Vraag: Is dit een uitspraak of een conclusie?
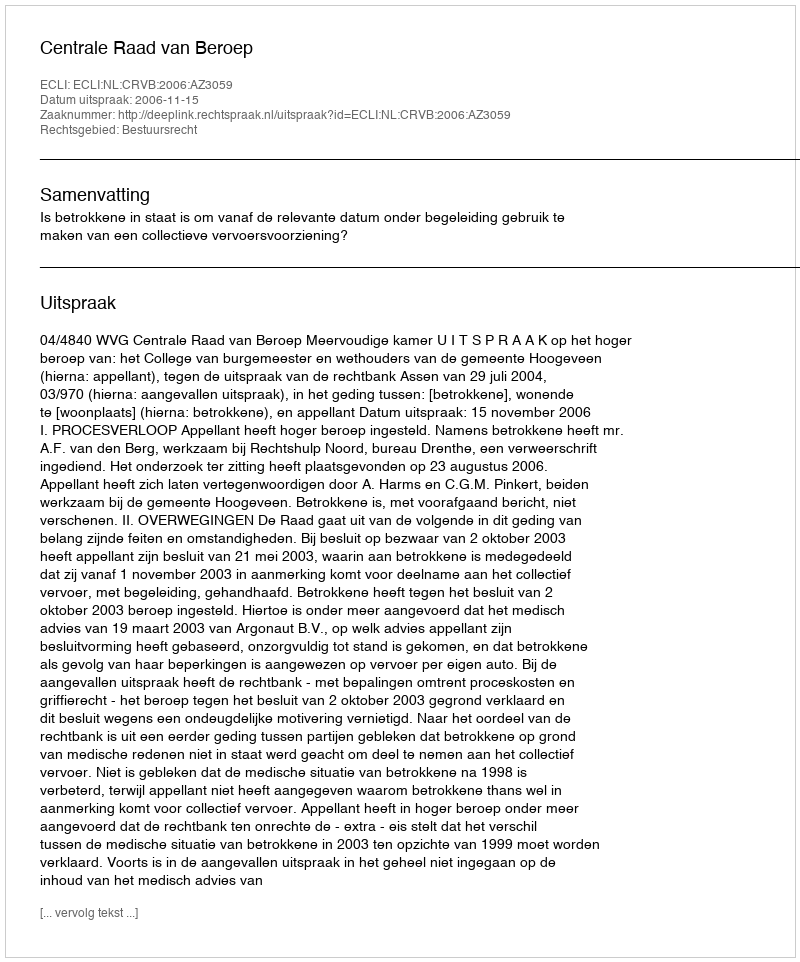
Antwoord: Uitspraak